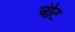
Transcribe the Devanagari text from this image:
चीट